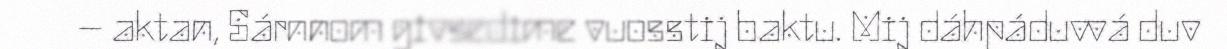
– aktan, Sárnnom givsedime vuosstij baktu. Mij dáhpáduvvá duv